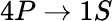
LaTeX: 4P\rightarrow 1S